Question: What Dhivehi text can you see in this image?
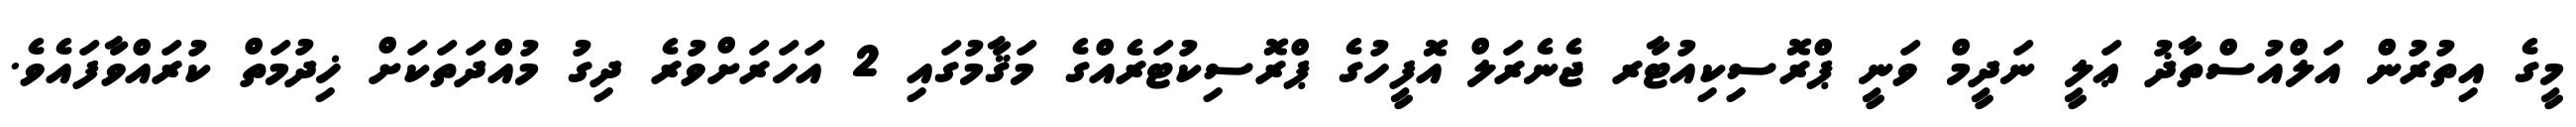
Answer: މީގެ އިތުރުން އަލްއުސްތާޛު ޢަލީ ނަދީމް ވަނީ ޕްރޮސިކިއުޓާރ ޖެނެރަލް އޮފީހުގެ ޕްރޮސިކުޓަރެއްގެ މަޤާމުގައި 2 އަހަރަށްވުރެ ދިގު މުއްދަތަކަށް ޚިދުމަތް ކުރައްވާފައެވެ.